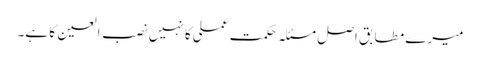
میرے مطابق اصل مسئلہ حکمت عملی کا نہیں نصب العین کا ہے۔